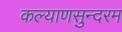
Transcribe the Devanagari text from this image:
कल्याणसुन्दरम